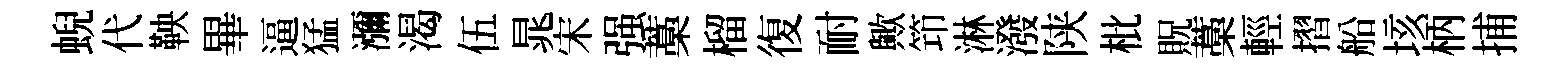
蜺代鞅畢逼猛瀰渴伍晁宋强藁榴復耐歟笻淋潑陕枇貺藁輕摺船垓柄捕